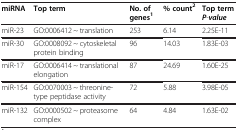
| miRNA | Top term | No. of genes1 | % count2 | Top term P-value |
 | --- | --- | --- | --- | --- |
 | miR-23 | GO:0006412 ~ translation | 253 | 6.14 | 2.25E-11 |
 | miR-30 | GO:0008092 ~ cytoskeletal protein binding | 96 | 14.03 | 1.83E-03 |
 | miR-17 | GO:0006414 ~ translational elongation | 87 | 24.69 | 1.60E-25 |
 | miR-154 | GO:0070003 ~ threonine-type peptidase activity | 72 | 5.88 | 3.98E-05 |
 | miR-132 | GO:0000502 ~ proteasome complex | 64 | 4.84 | 1.63E-02 |